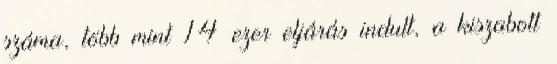
száma, több mint 14 ezer eljárás indult, a kiszabott